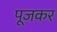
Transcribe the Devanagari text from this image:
पूजकर